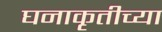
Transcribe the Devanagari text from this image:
घनाकृतीच्या